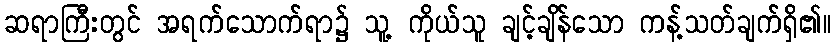
ဆရာကြီးတွင် အရက်သောက်ရာ၌ သူ့ ကိုယ်သူ ချင့်ချိန်သော ကန့်သတ်ချက်ရှိ၏။